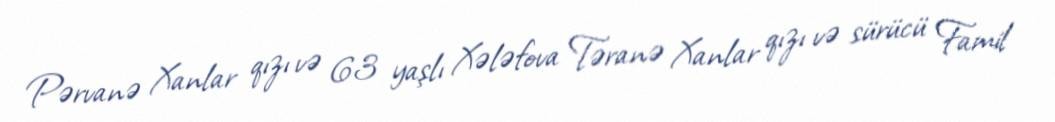
Pərvanə Xanlar qızı və 63 yaşlı Xələfova Təranə Xanlar qızı və sürücü Famil